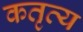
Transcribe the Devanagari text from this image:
कतृव्य